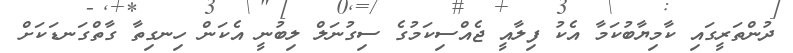
ދުންތަރީގައި ކާމިޔާބުކަމާ އެކު ފިލާއީ ޖެއްސިކަމުގެ ސިގުނަލް ލިބުނީ އެކަން ހިނގިތާ ގާތްގަނޑަކަށް